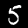
Digit: 5